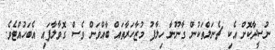
ނުސީދާކޮށް އެކި ޗެނަލްތަކުން ގާނޫނާ ހިލާފު މުޒާހަރާތައް ބާއްވަން ވެސް ގޮވާލާފައި އެބަހުއްޓެވެ.